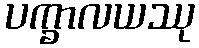
ပက္ခာလယဿု